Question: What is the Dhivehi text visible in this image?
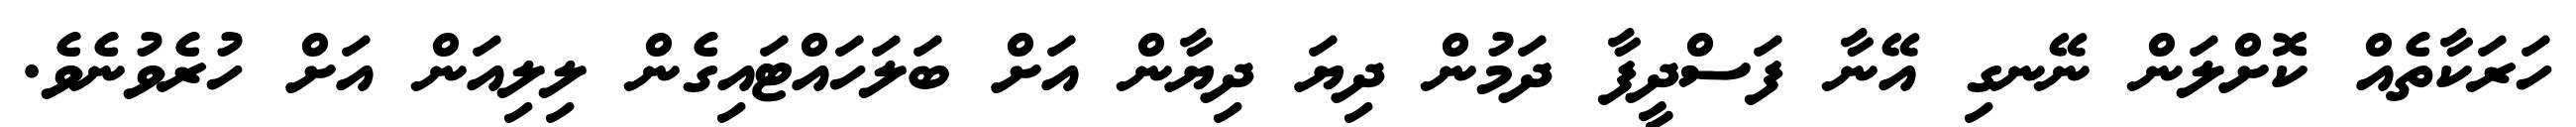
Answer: ހަރަކާތެއް ކޮށްލަން ނޭނގި އޭނާ ފަސްދީފާ ދަމުން ދިޔަ ދިޔާން އަށް ބަލަހައްޓައިގެން ލިލިއަން އަށް ހުރެވުނެވެ.